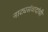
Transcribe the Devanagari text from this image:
नाट्यसंवादांची